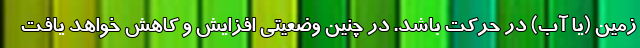
زمین (یا آب) در حرکت باشد. در چنین وضعیتی افزایش و کاهش خواهد یافت